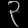
Digit: ၃